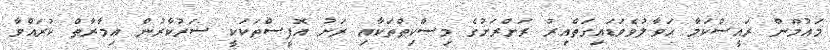
މައުމޫން ރައީސްކަމާ ޙަވާލުވެވަޑައިގަތްއިރު ރަށްރަށުގެ މިސްކިތްތަކާއި ރަށު އޮފީސްތަކަކީ ސަރުކާރުން ޢިމާރާތް ކުރައްވާ